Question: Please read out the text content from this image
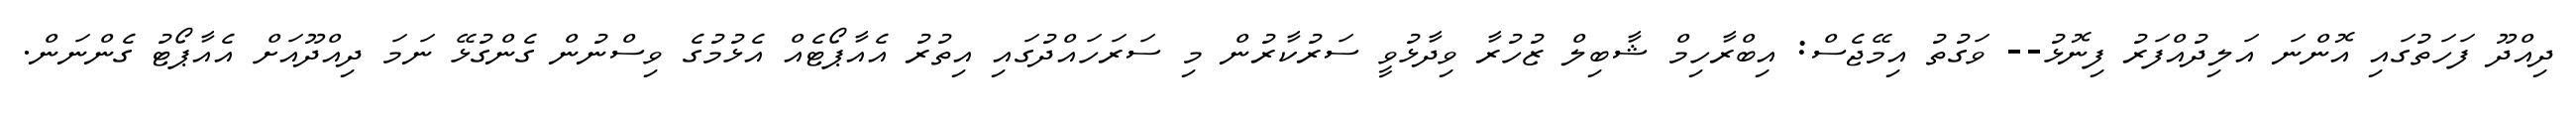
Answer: ދިއްދޫ ފަހަތުގައި އޮންނަ އަލިދުއްފަރު ފިނޮޅު-- ވަގުތު އިމޭޖެސް: އިބްރާހިމް ޝާބިލް ޒުހުރާ ވިދާޅުވީ ސަރުކާރުން މި ސަރަހައްދުގައި އިތުރު އެއާޕޯޓެއް އެޅުމުގެ ވިސްނުން ގެންގުޅޭ ނަމަ ދިއްދޫއަށް އެއާޕޯޓު ގެންނަން.